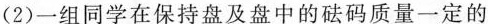
(2)一组同学在保持盘及盘中的砝码质量一定的